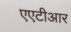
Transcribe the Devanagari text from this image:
एएटीआर